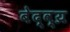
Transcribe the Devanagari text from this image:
बेद्व्य्र